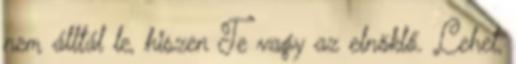
nem álltál le, hiszen Te vagy az elnöklő. Lehet,